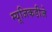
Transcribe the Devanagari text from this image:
म्यूजिकडीजे